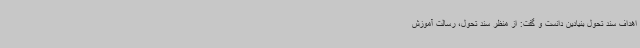
اهداف سند تحول بنیادین دانست و گفت: از منظر سند تحول، رسالت آموزش